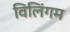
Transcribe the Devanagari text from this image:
विलिंगम